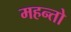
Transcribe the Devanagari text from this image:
महन्तो